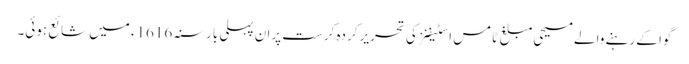
گوا کے رہنے والے مسیحی مبلغ ٹامس اسٹیفنز کی تحریر کردہ کرست پران پہلی بار سنہ 1616ء میں شائع ہوئی۔